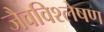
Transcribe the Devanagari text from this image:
जैवविश्लेषण